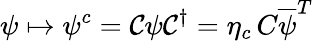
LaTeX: \psi\mapsto\psi^{c}={\mathcal{C}}\psi{\mathcal{C}}^{\dagger}=\eta_{c}\, C{\overline{{\psi}}}^{T}